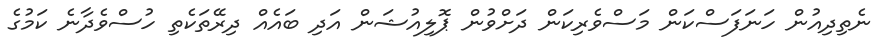
ނެތިދިއުން ހަނަފަސްކަން މަސްވެރިކަން ދަށްވުން ޕޮލިއުޝަން އަދި ބައެއް ދިރޭތަކެތި ހުސްވެދާނެ ކަމުގެ